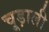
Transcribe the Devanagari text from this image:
चूड़ाली